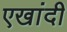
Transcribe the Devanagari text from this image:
एखांदी